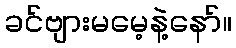
ခင်ဗျားမမေ့နဲ့နော်။